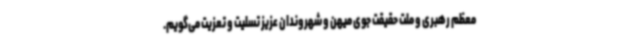
معظم رهبری و ملت حقیقت جوی میهن و شهروندان عزیز تسلیت و تعزیت می‌گویم.